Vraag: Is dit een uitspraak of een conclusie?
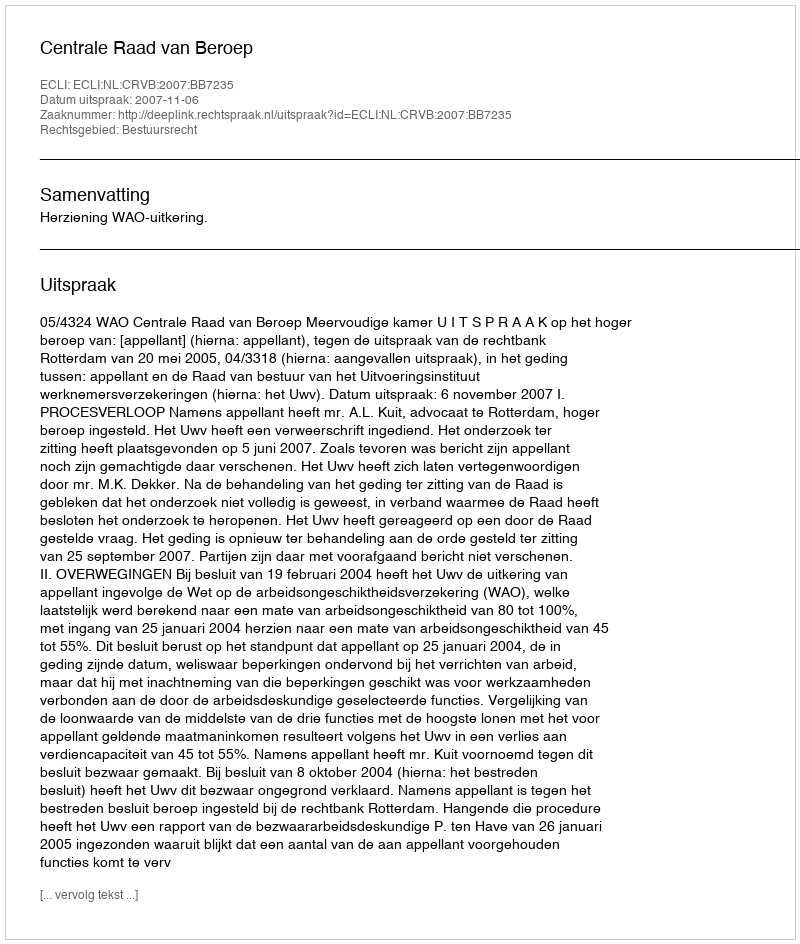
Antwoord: Uitspraak